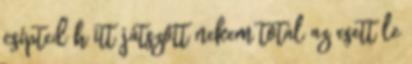
csípted h itt játszott nekem totál az esett le